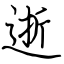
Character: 逝